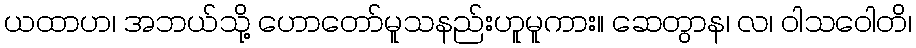
ယထာဟ၊ အဘယ်သို့ ဟောတော်မူသနည်းဟူမူကား။ ဆေတွာန၊ လ၊ ဝါသဝေါတိ၊